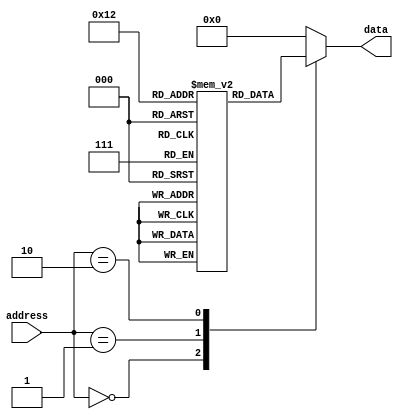
module MaskProgrammedROM(
    input wire [address_width-1:0] address,
    output reg [data_width-1:0] data
);

parameter address_width = 8;
parameter data_width = 8;
parameter num_blocks = 16;

reg [data_width-1:0] memory [0:num_blocks-1];

initial begin
    // Initialize memory with fixed data values
    memory[0] = 8'hFF;
    memory[1] = 8'hA5;
    memory[2] = 8'h3C;
    // Add more memory blocks as needed
    
end

always @(address) begin
    case(address)
        4'h0: data = memory[0];
        4'h1: data = memory[1];
        4'h2: data = memory[2];
        // Add more case statements for additional memory blocks
        default: data = 8'h00; // Default to 0 if address is out of range
    endcase
end

endmodule